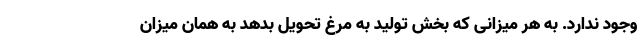
وجود ندارد. به هر میزانی که بخش تولید به مرغ تحویل بدهد به همان میزان